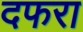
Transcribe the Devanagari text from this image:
दफरा